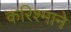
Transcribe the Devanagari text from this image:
करिश्माने